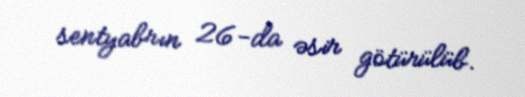
sentyabrın 26-da əsir götürülüb.